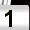
Digit: 1